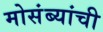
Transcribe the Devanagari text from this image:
मोसंब्यांची